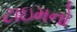
ટાઇમનો